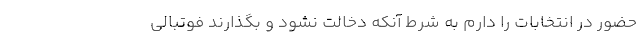
حضور در انتخابات را دارم به شرط آنکه دخالت نشود و بگذارند فوتبالی